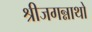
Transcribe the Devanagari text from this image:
श्रीजगन्नाथो